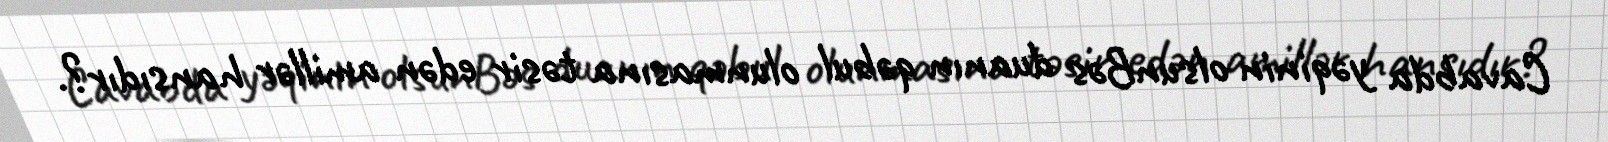
Cavabda yəqinin olsunBəs duanın qəbul olunmasına təsir edən amillər hansıdır?.